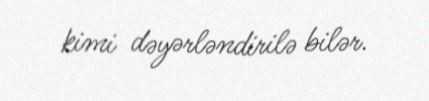
kimi dəyərləndirilə bilər.